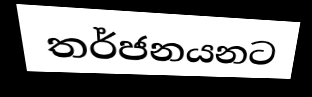
තර්ජනයනට